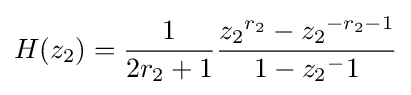
H(z_{2})={\frac {1}{2r_{2}+1}}{\frac {{z_{2}}^{r_{2}}-{z_{2}}^{-r_{2}-1}}{1-{z_{2}}^{-}1}}